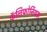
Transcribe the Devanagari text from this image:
कॅलिफोर्नियम